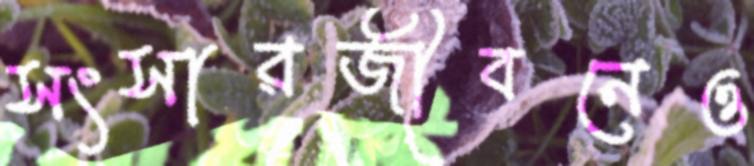
সংসারজীবনেও